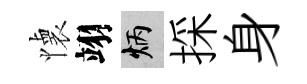
懐翊炳採身